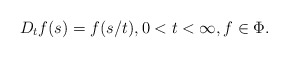
\begin{align*}D_tf(s)=f(s/t), 0<t<\infty, f\in \Phi .\end{align*}